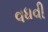
વધવી